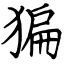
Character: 猵